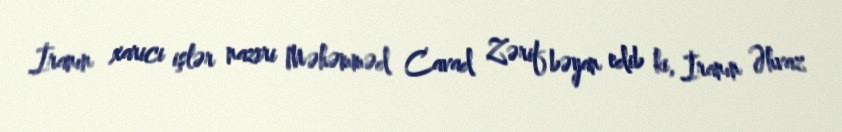
İranın xarici işlər naziri Məhəmməd Cavad Zərif bəyan edib ki, İranın Əhvaz